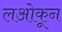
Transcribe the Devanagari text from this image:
लओकून